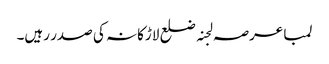
لمبا عرصہ لجنہ ضلع لاڑکانہ کی صدر رہیں۔